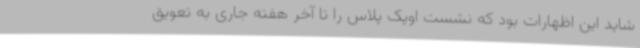
شاید این اظهارات بود که نشست اوپک پلاس را تا آخر هفته جاری به تعویق